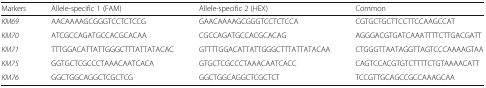
| Markers | Allele-specific 1 (FAM) | Allele-specific 2 (HEX) | Common |
 | --- | --- | --- | --- |
 | KM69 | AACAAAAGCGGGTCCTCTCCG | GAACAAAAGCGGGTCCTCTCCA | CGTGCTGCTTCCTTCCAAGCCAT |
 | KM70 | ATCGCCAGATGCCACGCACAA | CGCCAGATGCCACGCACAG | AGGGACGTGATCAAATTTTCTTGACGATT |
 | KM71 | TTTGGACATTATTGGGCTTTATTATACAC | GTTTTGGACATTATTGGGCTTTATTATACAA | CTGGGTTAATAGGTTAGTCCCAAAAGTAA |
 | KM75 | GGTGCTCGCCCTAAACAATCACA | GTGCTCGCCCTAAACAATCACC | CAGTCCACGTGTCTTTTCTGTAAAACATT |
 | KM76 | GGCTGGCAGGCTCGCTCG | GGCTGGCAGGCTCGCTCT | TCCGTTGCAGCCGCCAAAGCAA |